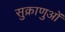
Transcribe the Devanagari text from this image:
सुक्राणुओं